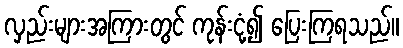
လှည်းများအကြားတွင် ကုန်းငုံ့၍ ပြေးကြရသည်။